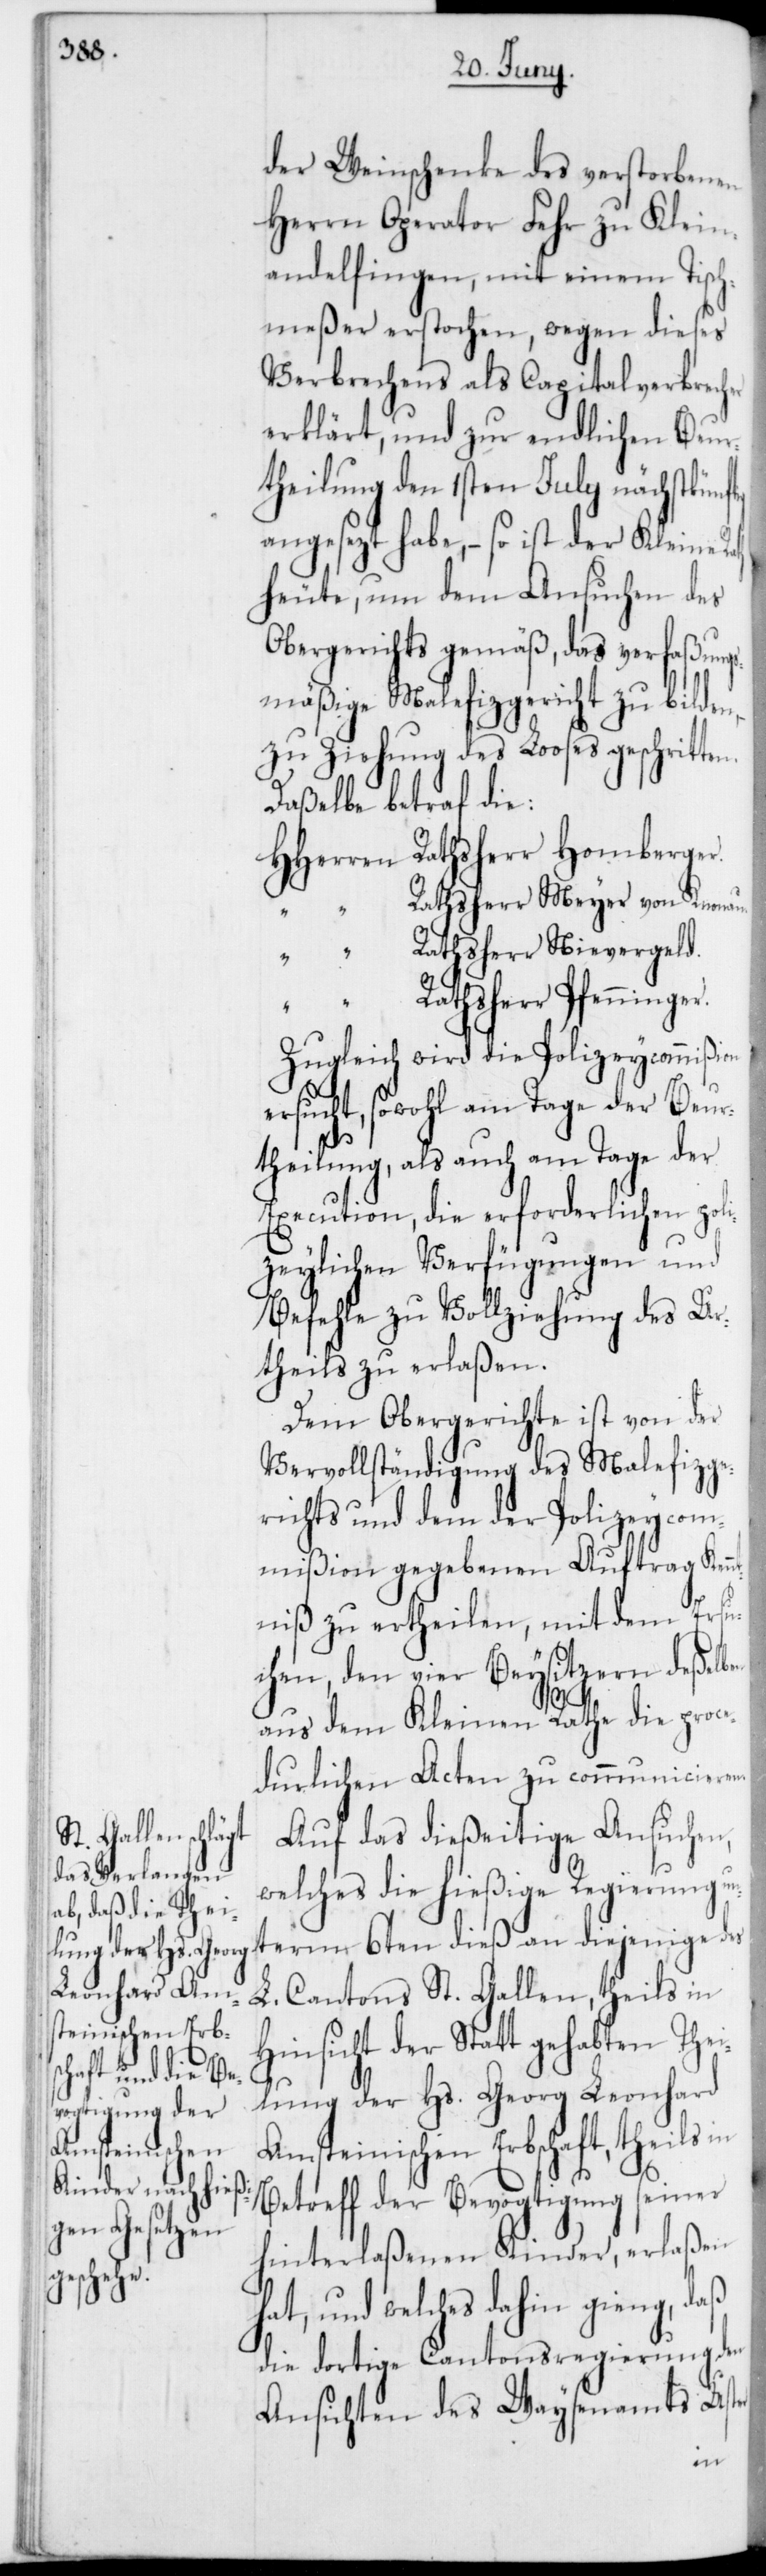
der Weinschenke des verstorbenen
Herrn Operator Fehr zu Klein¬
andelfingen, mit einem Tisch¬
meßer erstochen, wegen dieses
Verbrechens als Capitalverbrecher
erklärt, und zur endlichen Beur¬
theilung den 1sten July nächstkünf¬
angesezt habe, – so ist der Kleine
heute, um dem Ansuchen des
Obergerichts gemäß, das verfaßung¬
smäßige Malefizgericht zu bilden,
zu Ziehung des Looses geschritte¬
Daßelbe betraf die:
HHerren Ratsherr Homberger.
Ratsherr Meyer von Knonau.
“
Ratsherr Nievergeld.
Ratsherr Pfenninger.
Zugleich wird die Polizeycommißion
ersucht, sowohl am Tage der Beur¬
theilung, als auch am Tage der
Execution, die erforderlichen poli¬
zeylichen Verfügungen und
Befehle zu Vollziehung des Ur¬
theils zu erlaßen.
Dem Obergerichte ist von der
Vervollständigung des Malefizge¬
richts und dem der Polizeycom¬
mißion gegebenen Auftrag Kenn¬
tniß zu ertheilen, mit dem Ersu¬
chen, den vier Beysitzern deßelb¬
aus dem Kleinen Rathe die proce¬
durlichen Acten zu communicieren.
Auf das dießeitige Ansuchen,
welches die hießige Regierung un¬
L. Cantons St. Gallen, theils in
Hinsicht der Statt gehabten Thei¬
lung der Hs. Gerog Leonhard
Amsteinischen Erbschaft, theils in
Betreff der Bevogtigung seiner
hinterlaßenen Kinder, erlaßen
at, und welches dahin ging, daß
die dortige Cantonsregierung den
Ansichten des Waysenamts Ust¬
er